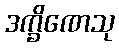
ဒက္ခိဏေသု